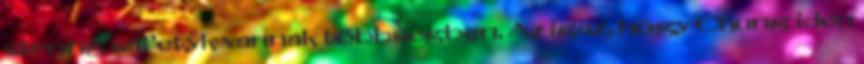
strong safetyk vannak többségben. Az igaz, hogy Chung idén